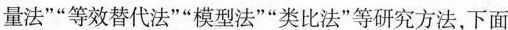
量法””等效替代法””模型法””类比法”等研究方法，下面